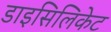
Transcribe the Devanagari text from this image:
डाइसिलिकेट